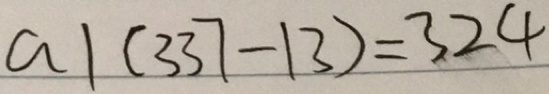
a \vert ( 3 3 7 - 1 3 ) = 3 2 4